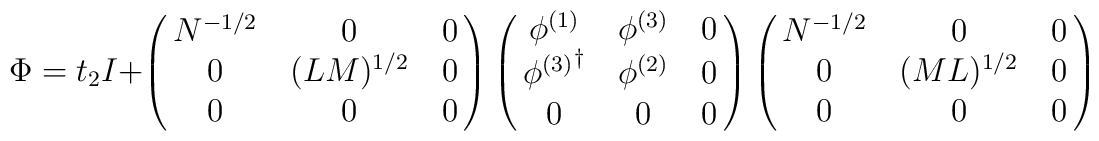
\Phi =  t_2I  + \left(\matrix{N^{-1/2} & 0 & 0 \cr                   0 & (LM)^{1/2}  & 0 \cr                    0 & 0 & 0  }\right)               \left(\matrix{\phi^{(1)} & \phi^{(3)} & 0 \cr                   {\phi^{(3)}}^\dagger & \phi^{(2)}  & 0 \cr                    0 & 0 & 0  }\right)                \left(\matrix{N^{-1/2} & 0 & 0 \cr                   0 & (ML)^{1/2}  & 0 \cr                    0 & 0 & 0  }\right)